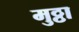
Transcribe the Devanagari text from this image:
मुठ्ठा